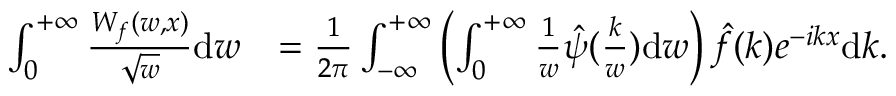
\begin{array} { r l } { \int _ { 0 } ^ { + \infty } \frac { W _ { f } ( w , x ) } { \sqrt { w } } \mathrm { d } w } & { = \frac { 1 } { 2 \pi } \int _ { - \infty } ^ { + \infty } \left( \int _ { 0 } ^ { + \infty } \frac { 1 } { w } \hat { \psi } ( \frac { k } { w } ) \mathrm { d } w \right) \hat { f } ( k ) e ^ { - i k x } \mathrm { d } k . } \end{array}